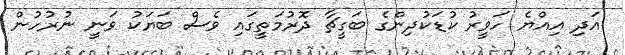
އަދި އިއްޔެ ހަވީރު ކުޑަކުދިންގެ ބަގީޗާ ދޮރުމަތީގައި ވެސް ބަޔަކު ވަނީ ނުރުހުން